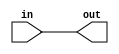
// Basic wire

module top_module (
    input in,
    output out);
    
    assign out = in;

endmodule